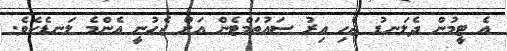
އެ ޓީމުން ދެލަނޑު ޖެހި އިރު ސައުތަމްޓެން އަށް ޖެހުނީ އެންމެ ލަނޑެކެވެ.